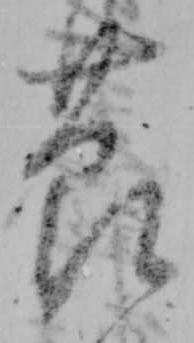
節